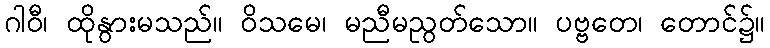
ဂါဝီ၊ ထိုနွားမသည်။ ဝိသမေ၊ မညီမညွတ်သော။ ပဗ္ဗတေ၊ တောင်၌။